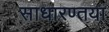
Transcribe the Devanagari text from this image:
साधारण्तया